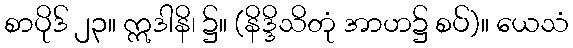
စာပိုဒ် ၂၃။ ဣဒါနိ၊ ၌။ (နိဒ္ဒိသိတုံ အာဟ၌ စပ်)။ ယေသံ